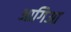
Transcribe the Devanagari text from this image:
आगिआ